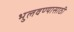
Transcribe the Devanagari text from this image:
भुलवण्यासाठी